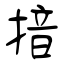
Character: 揞